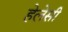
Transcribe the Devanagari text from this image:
हेलेसी